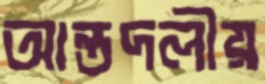
আন্তদলীয়